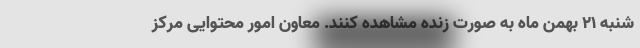
شنبه ۲۱ بهمن ماه به صورت زنده مشاهده کنند. معاون امور محتوایی مرکز